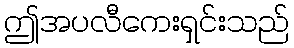
ဤအပလီကေးရှင်းသည်